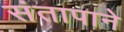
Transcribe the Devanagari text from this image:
संतापाने